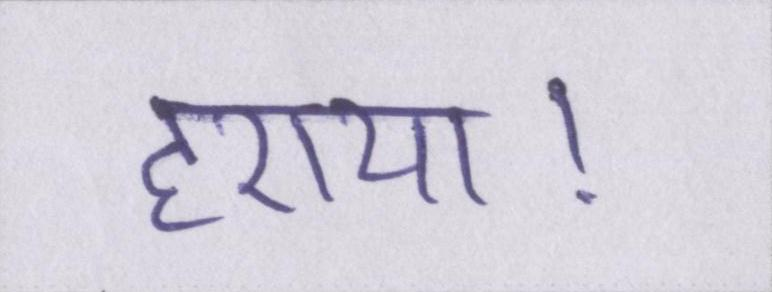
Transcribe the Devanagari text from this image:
हराया।